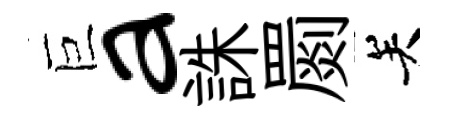
巨a誅罽关